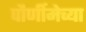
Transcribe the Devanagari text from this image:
पौर्णीमेच्या